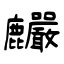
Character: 麣